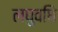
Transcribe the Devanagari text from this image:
लघुवधि